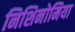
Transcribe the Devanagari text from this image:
निशिनोमिया